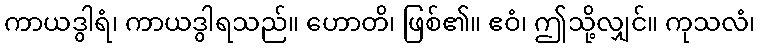
ကာယဒွါရံ၊ ကာယဒွါရသည်။ ဟောတိ၊ ဖြစ်၏။ ဧဝံ၊ ဤသို့လျှင်။ ကုသလံ၊